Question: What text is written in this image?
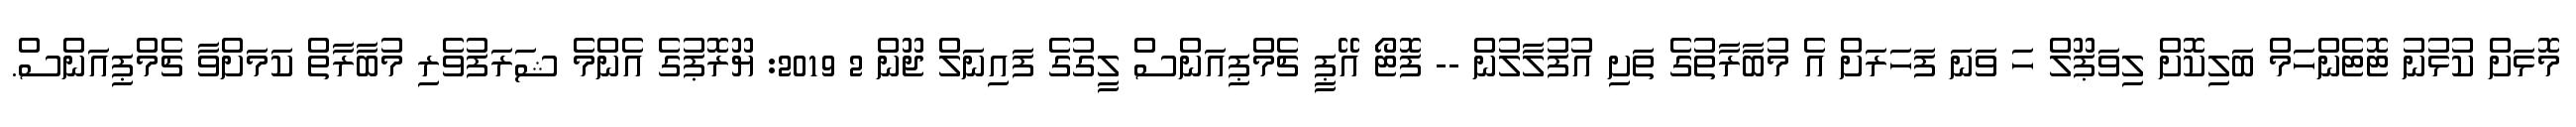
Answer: މޮޅަށް ކުޅުނު ޓޮޓެންހަމް ބަލިކޮށް ލިވަޕޫލް ހަ ވަނަ ފަހަރަށް އެ މުބާރާތުގެ ތަށި އުފުލާލުން -- ފޮޓޯ އޭޕީ ޗެމްޕިއަންސް ލީގުގެ ފައިނަލް ޖޫން 2 2019: ޔޫރޮޕުގެ އެންމެ ޝަރަފުވެރި މުބާރާތް ކަމަށްވާ ޗެމްޕިއަންސް.